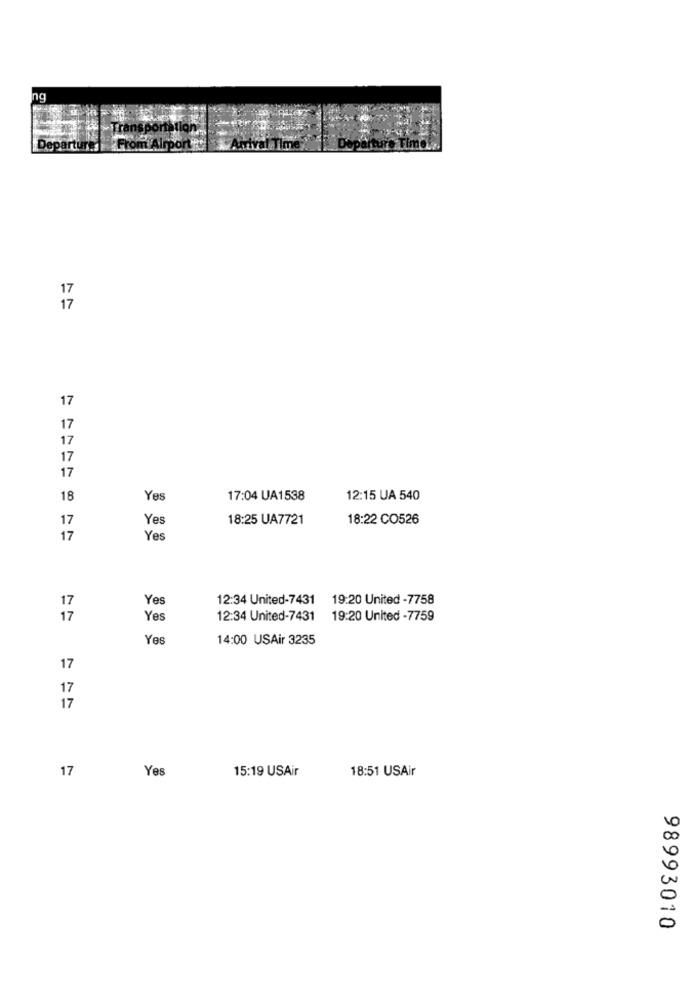
17
17
17
17
17
18
Ye
17:04 UA1538
12:15 UA 540
17
Yes
18:25 UA7721
18:22 CO526
17
Yes
Yes
12:34 United-7431
19:20 United -7758
17
17
Yes
12:34 United-7431
19:20 United -7759
Yes
14:00 USAir 3235
17
17
17
17
Yes
15:19 USAir
18:51 USAir
98993010